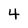
Character: 4